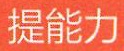
提能力